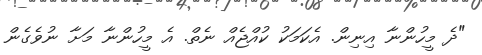
"ދެ މީހުންނާ އިނިން. އެކަމަކު ކުއްޖެއް ނެތް. އެ މީހުންނާ މަށާ ނުވެގެން